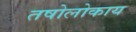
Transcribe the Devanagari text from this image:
तषोलोकाय